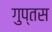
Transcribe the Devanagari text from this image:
गुप्तस